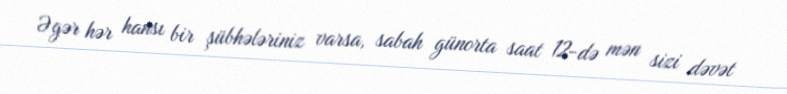
Əgər hər hansı bir şübhələriniz varsa, sabah günorta saat 12-də mən sizi dəvət